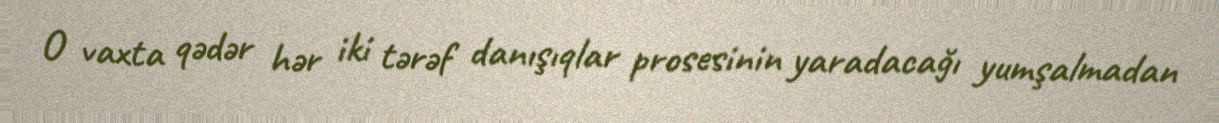
O vaxta qədər hər iki tərəf danışıqlar prosesinin yaradacağı yumşalmadan